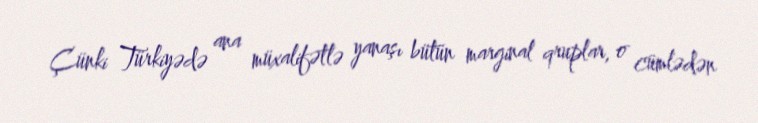
Çünki Türkiyədə ana müxalifətlə yanaşı bütün marginal qruplar, o cümlədən